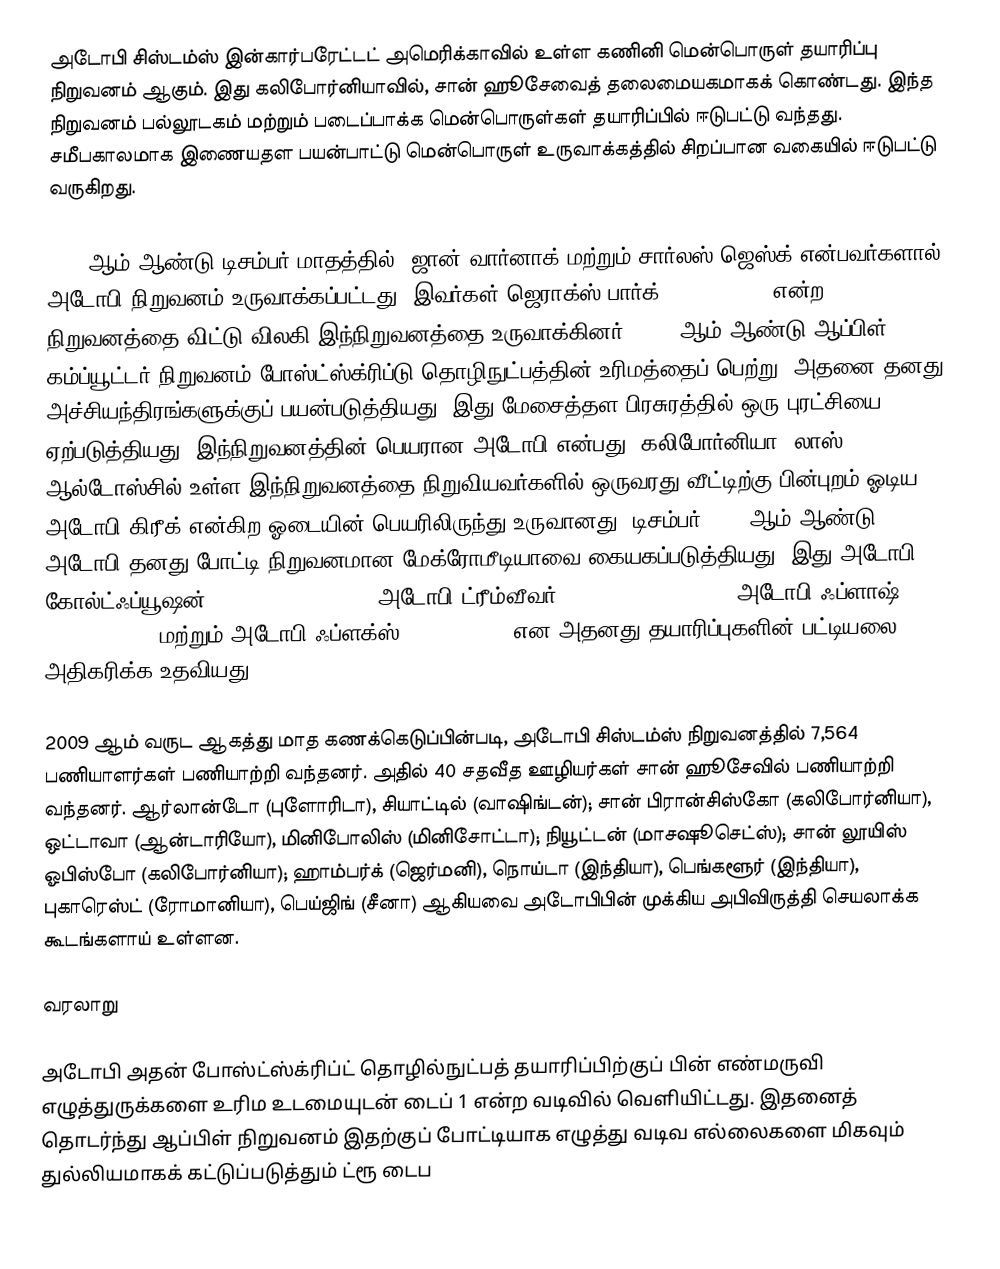
அடோபி சிஸ்டம்ஸ் இன்கார்பரேட்டட் அமெரிக்காவில் உள்ள கணினி மென்பொருள் தயாரிப்பு நிறுவனம் ஆகும். இது கலிபோர்னியாவில், சான் ஹூசேவைத் தலைமையகமாகக் கொண்டது. இந்த நிறுவனம் பல்லூடகம் மற்றும் படைப்பாக்க மென்பொருள்கள் தயாரிப்பில் ஈடுபட்டு வந்தது. சமீபகாலமாக இணையதள பயன்பாட்டு மென்பொருள் உருவாக்கத்தில் சிறப்பான வகையில் ஈடுபட்டு வருகிறது.

1982 ஆம் ஆண்டு டிசம்பர் மாதத்தில், ஜான் வார்னாக் மற்றும் சார்லஸ் ஜெஸ்க் என்பவர்களால் அடோபி நிறுவனம் உருவாக்கப்பட்டது. இவர்கள் ஜெராக்ஸ் பார்க் (Xerox PARC) என்ற நிறுவனத்தை விட்டு விலகி இந்நிறுவனத்தை உருவாக்கினர். 1985 ஆம் ஆண்டு ஆப்பிள் கம்ப்யூட்டர் நிறுவனம் போஸ்ட்ஸ்க்ரிப்டு தொழிநுட்பத்தின் உரிமத்தைப் பெற்று, அதனை தனது அச்சியந்திரங்களுக்குப் பயன்படுத்தியது. இது மேசைத்தள பிரசுரத்தில் ஒரு புரட்சியை ஏற்படுத்தியது. இந்நிறுவனத்தின் பெயரான அடோபி என்பது, கலிபோர்னியா, லாஸ் ஆல்டோஸ்சில் உள்ள இந்நிறுவனத்தை நிறுவியவர்களில் ஒருவரது வீட்டிற்கு பின்புறம் ஓடிய அடோபி கிரீக் என்கிற ஓடையின் பெயரிலிருந்து உருவானது. டிசம்பர் 2005 ஆம் ஆண்டு, அடோபி தனது போட்டி நிறுவனமான மேக்ரோமீடியாவை கையகப்படுத்தியது. இது அடோபி கோல்ட்ஃப்யூஷன் (Adobe ColdFusion), அடோபி ட்ரீம்வீவர் (Adobe Dreamweaver), அடோபி ஃப்ளாஷ் (Adobe Flash) மற்றும் அடோபி ஃப்ளக்ஸ் (Adobe Flex) என அதனது தயாரிப்புகளின் பட்டியலை அதிகரிக்க உதவியது.

2009 ஆம் வருட ஆகத்து மாத கணக்கெடுப்பின்படி, அடோபி சிஸ்டம்ஸ் நிறுவனத்தில் 7,564 பணியாளர்கள்  பணியாற்றி வந்தனர். அதில் 40 சதவீத ஊழியர்கள் சான் ஹூசேவில் பணியாற்றி வந்தனர். ஆர்லான்டோ (புளோரிடா), சியாட்டில் (வாஷிங்டன்); சான் பிரான்சிஸ்கோ (கலிபோர்னியா), ஒட்டாவா (ஆன்டாரியோ), மினிபோலிஸ் (மினிசோட்டா); நியூட்டன் (மாசஷூசெட்ஸ்); சான் லூயிஸ் ஓபிஸ்போ (கலிபோர்னியா); ஹாம்பர்க் (ஜெர்மனி), நொய்டா (இந்தியா), பெங்களூர் (இந்தியா), புகாரெஸ்ட் (ரோமானியா), பெய்ஜிங் (சீனா) ஆகியவை அடோபிபின் முக்கிய அபிவிருத்தி செயலாக்க கூடங்களாய் உள்ளன.

வரலாறு

அடோபி அதன் போஸ்ட்ஸ்க்ரிப்ட் தொழில்நுட்பத் தயாரிப்பிற்குப் பின் எண்மருவி எழுத்துருக்களை உரிம உடமையுடன் டைப் 1 என்ற வடிவில் வெளியிட்டது. இதனைத் தொடர்ந்து ஆப்பிள் நிறுவனம் இதற்குப் போட்டியாக எழுத்து வடிவ எல்லைகளை மிகவும் துல்லியமாகக் கட்டுப்படுத்தும் ட்ரூ டைப